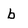
Character: b